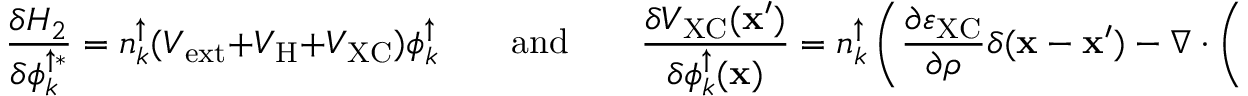
\frac { \delta H _ { 2 } } { \delta \phi _ { k } ^ { \uparrow * } } = n _ { k } ^ { \uparrow } ( { \cal V } _ { \mathrm { e x t } } + { \cal V } _ { \mathrm { H } } + { \cal V } _ { \mathrm { X C } } ) \phi _ { k } ^ { \uparrow } \quad \quad \mathrm { a n d } \quad \quad \frac { \delta { \cal V } _ { \mathrm { X C } } ( { \bf x } ^ { \prime } ) } { \delta \phi _ { k } ^ { \uparrow } ( { \bf x } ) } = n _ { k } ^ { \uparrow } \left( \frac { \partial \varepsilon _ { \mathrm { X C } } } { \partial \rho } \delta ( { \bf x } - { \bf x } ^ { \prime } ) - \nabla \cdot \left( \frac { \partial \varepsilon _ { \mathrm { X C } } } { \partial \nabla \rho } \delta ( { \bf x } - { \bf x } ^ { \prime } ) \right) \right) \phi _ { k } ^ { \uparrow * } .